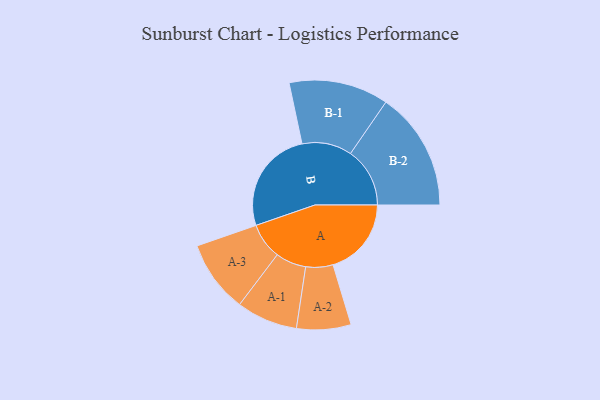
{"axis": {"x": "Segment", "y": "Value"}, "legend": ["", "A", "B"], "data": [{"x": "A", "y": 297, "type": ""}, {"x": "B", "y": 394, "type": ""}, {"x": "A-1", "y": 116, "type": "A"}, {"x": "A-2", "y": 103, "type": "A"}, {"x": "A-3", "y": 137, "type": "A"}, {"x": "B-1", "y": 189, "type": "B"}, {"x": "B-2", "y": 225, "type": "B"}]}